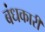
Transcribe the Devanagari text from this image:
बंधकारी